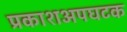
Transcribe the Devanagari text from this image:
प्रकाशअपघटक